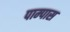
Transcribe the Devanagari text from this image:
पाम्पास